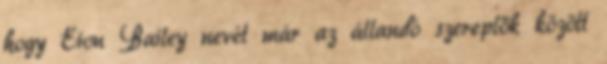
hogy Eion Bailey nevét már az állandó szereplők között